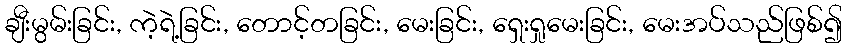
ချီးမွမ်းခြင်း, ကဲ့ရဲ့ခြင်း, တောင့်တခြင်း, မေးခြင်း, ရှေးရှုမေးခြင်း, မေးအပ်သည်ဖြစ်၍